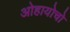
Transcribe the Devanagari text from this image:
ओहायोचो